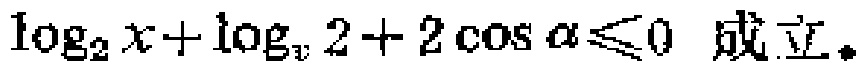
\(\log_{2}x+\log_{x}2 + 2\cos\alpha\leqslant0\) 成立。